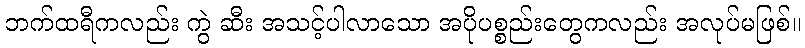
ဘက်ထရီကလည်း ကွဲ ဆီး အသင့်ပါလာသော အပိုပစ္စည်းတွေကလည်း အလုပ်မဖြစ်။